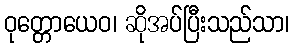
ဝုတ္တောယေဝ၊ ဆိုအပ်ပြီးသည်သာ၊